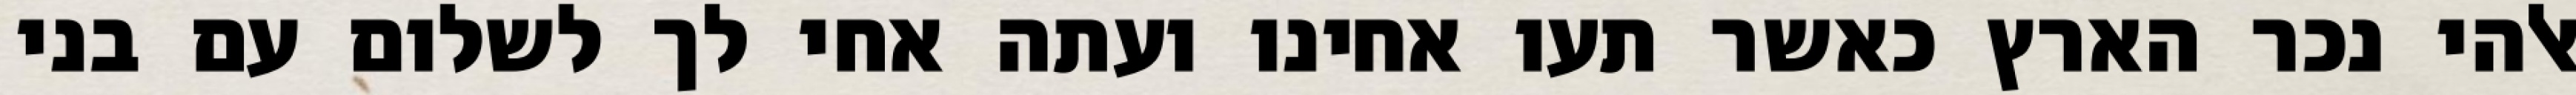
אלהי נכר הארץ כאשר תעו אחינו ועתה אחי לך לשלום עם בני